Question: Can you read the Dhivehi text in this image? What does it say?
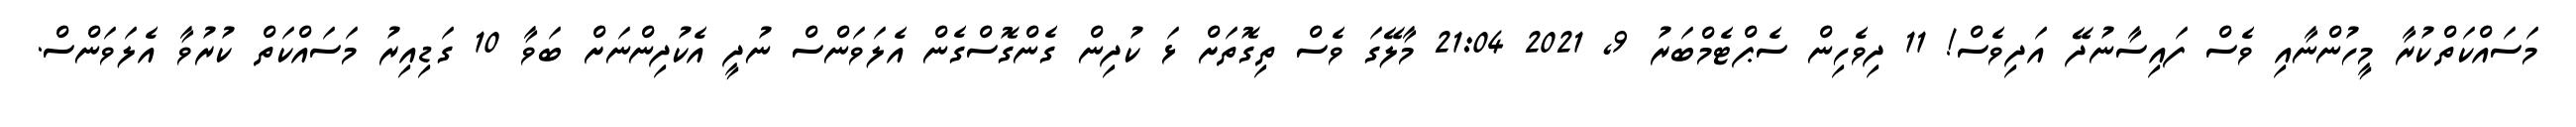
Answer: މަސައްކަތްކުރާ މީހުންނާއި ވެސް ފައިސާނުދޭ އަދިވެސް! 11 ދިވެހިން ސެޕްޓެމްބަރު 9, 2021 21:04 މާލޭގަ ވެސް ތިގޮތަށް ޅަ ކުދިން ގެންގޮސްގެން އެލަވަންސް ނުދީ އެކުދިންނަށް ބަވާ 10 ގަޑިއިރު މަސައްކަތް ކުރުވާ އެލަވަންސް.